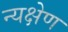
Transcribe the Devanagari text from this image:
न्यक्षेण